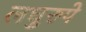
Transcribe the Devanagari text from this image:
लघुरुपे